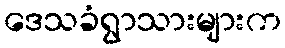
ဒေသခံရွာသားများက